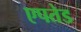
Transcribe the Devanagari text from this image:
एपतेड